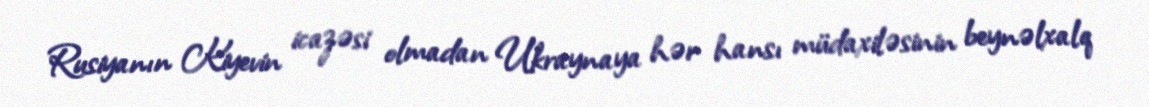
Rusiyanın Kiyevin icazəsi olmadan Ukraynaya hər hansı müdaxiləsinin beynəlxalq